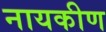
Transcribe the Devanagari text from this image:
नायकीण